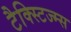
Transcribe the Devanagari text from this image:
टैक्स्टिज्म्स